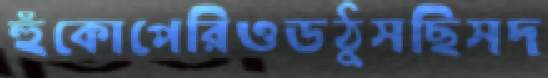
হুঁকোপেরিওডঠুসছিসদ